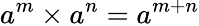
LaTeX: a^{m}\times a^{n}=a^{m+n}